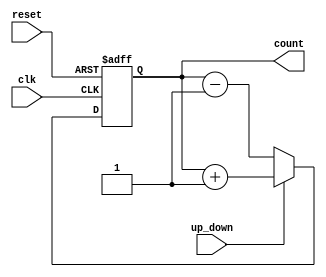
module UpDownCounter (
    input wire clk,          // Clock signal
    input wire reset,        // Asynchronous reset signal
    input wire up_down,      // Control signal: 1 for up, 0 for down
    output reg [3:0] count   // 4-bit current count value
);

// Asynchronous reset logic
always @(posedge clk or posedge reset) begin
    if (reset) begin
        count <= 4'b0000; // Initialize counter to 0 on reset
    end else begin
        if (up_down) begin
            count <= count + 1; // Increment the counter
        end else begin
            count <= count - 1; // Decrement the counter
        end
    end
end

endmodule